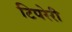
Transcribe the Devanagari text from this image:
टिपरेरी